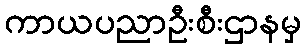
ကာယပညာဦးစီးဌာနမှ